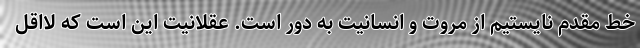
خط مقدم نایستیم از مروت و انسانیت به دور است. عقلانیت این است که لااقل